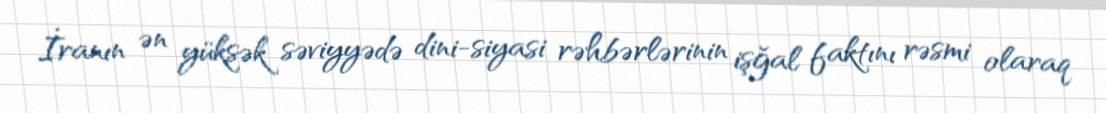
İranın ən yüksək səviyyədə dini-siyasi rəhbərlərinin işğal faktını rəsmi olaraq